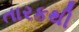
તારકથી